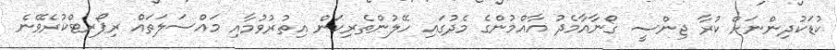
ކުޑަކުދިންނަށް ކުރާ ޖިންސީ ގޯނާއާމެދު އާއްމުންގެ މެދުގައި ހޭލުންތެރިކަން އިތުރުވުމާއި މައްސަލަތައް ރިޕޯރޓްކުރެވޭނެ